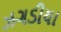
ઝગડીયા